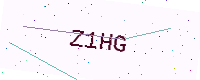
Text: Z1HG